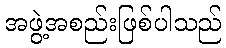
အဖွဲ့အစည်းဖြစ်ပါသည်